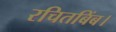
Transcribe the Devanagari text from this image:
रचितबिंब।